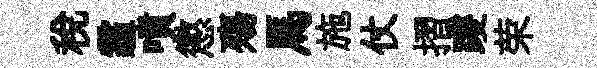
税霾噴懲殤馬施仗摺躞荣